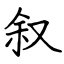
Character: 叙